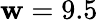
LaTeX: \mathbf{w}=9.5